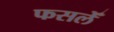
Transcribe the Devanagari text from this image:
फसलेँ